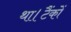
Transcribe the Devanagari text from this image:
था।टैंकों